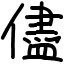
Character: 儘